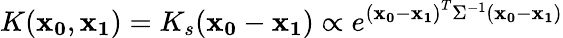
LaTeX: K(\mathbf{x_{0}},\mathbf{x_{1}})=K_{s}(\mathbf{x_{0}}-\mathbf{x_{1}})\propto e^{\left(\mathbf{x_{0}}-\mathbf{x_{1}}\right)^{T}\Sigma^{-1}\left(\mathbf{x_{0}}-\mathbf{x_{1}}\right)}